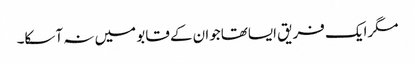
مگرایک فریق ایساتھاجوان کے قابو میں نہ آسکا۔